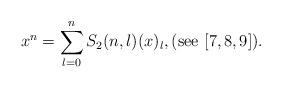
LaTeX: \begin{align*}x^n = \sum_{l=0}^n S_2(n,l) (x)_l, (\textnormal{see} \,\, [7,8,9]).\end{align*}